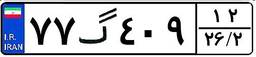
۷۷گ۴۰۹۱۲